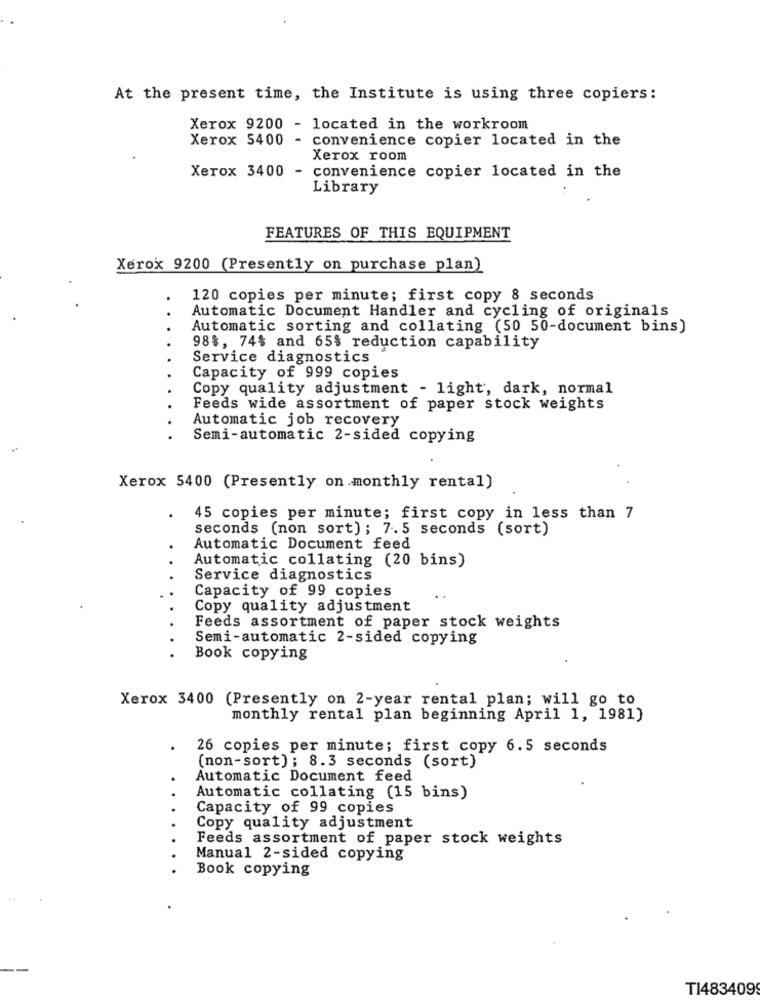
At the present time, the Institute is using three copiers:
Xerox 9200 - located in the workroom
Xerox 5400 - convenience copier located in the
Xerox room
Xerox 3400 - convenience copier located in the
Library
FEATURES OF THIS EQUIPMENT
Xerox 9200 (Presently on purchase plan)
120 copies per minute; first copy 8 seconds
Automatic Document Handler and cycling of originals
Automatic sorting and collating (50 50-document bins)
98%, 74% and 65% reduction capability
Service diagnostics
Capacity of 999 copies
Copy quality adjustment - light, dark, normal
Feeds wide assortment of paper stock weights
Automatic job recovery
Semi-automatic 2-sided copying
Xerox 5400 (Presently on monthly rental)
45 copies per minute; first copy in less than 7
seconds (non sort) ; 7.5 seconds (sort)
Automatic Document feed
Automatic collating (20 bins)
Service diagnostics
Capacity of 99 copies
..
Copy quality adjustment
Feeds assortment of paper stock weights
Semi-automatic 2-sided copying
Book copying
Xerox 3400 (Presently on 2-year rental plan; will go to
monthly rental plan beginning April 1, 1981)
26 copies per minute; first copy 6.5 seconds
(non-sort); 8.3 seconds (sort)
Automatic Document feed
Automatic collating (15 bins)
Capacity of 99 copies
Copy quality adjustment
Feeds assortment of paper stock weights
Manual 2-sided copying
Book copying
T1483409